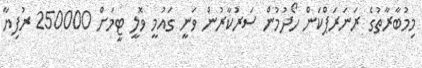
މިމުބާރާތުގެ ރަނަރަޕްކަން ހޯދުމުން ސަރުކާރުން ވަނީ ގައުމީ ވޮލީ ޓީމަށް 250000 ރުފިޔާ